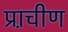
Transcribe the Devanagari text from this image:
प्रा़चीण